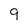
Character: 9